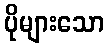
ပိုများသော